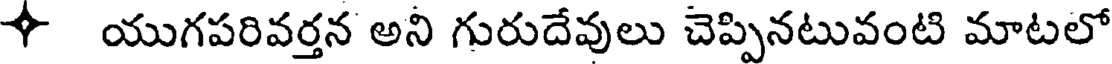
4 యుగపరివర్తన అని గురుదేవులు చెప్పినటువంటి మాటలో